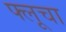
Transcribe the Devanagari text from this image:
फ्लूचा